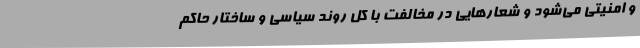
و امنیتی می‌شود و شعارهایی در مخالفت با کل روند سیاسی و ساختار حاکم